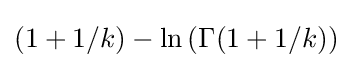
(1+1/k)-\ln \left(\Gamma (1+1/k)\right)